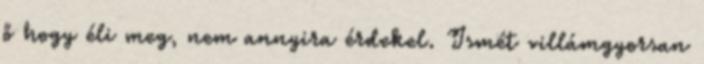
ő hogy éli meg, nem annyira érdekel. Ismét villámgyorsan